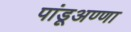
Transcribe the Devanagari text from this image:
पांडूअण्णा